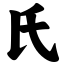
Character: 氏